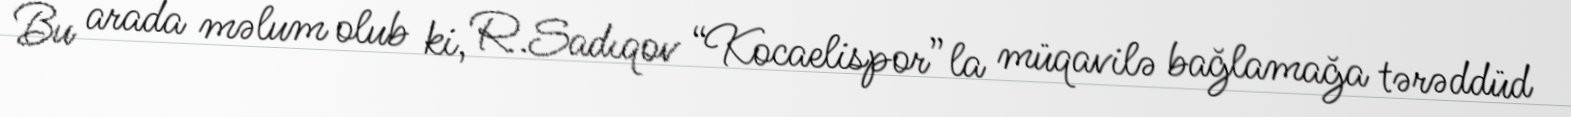
Bu arada məlum olub ki, R.Sadıqov “Kocaelispor”la müqavilə bağlamağa tərəddüd